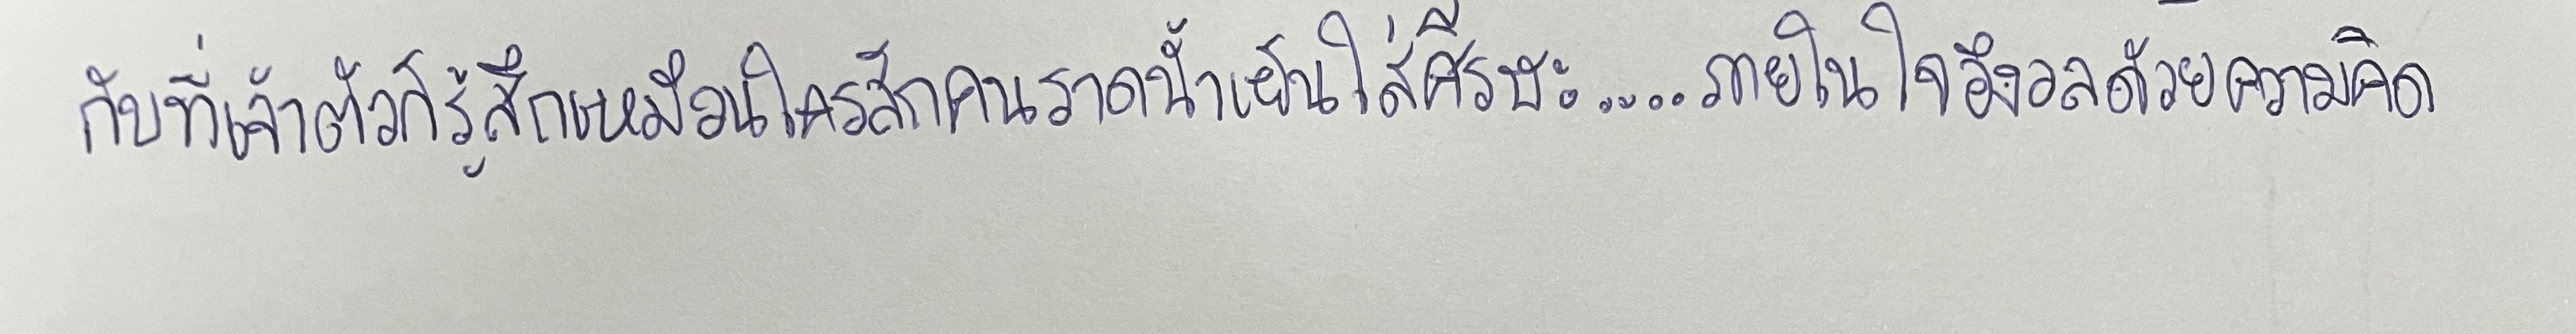
กับที่เจ้าตัวก็รู้สึกเหมือนใครสักคนราดน้ำเย็นใส่ศีรษะ...ภายในใจอึงอลด้วยความคิด